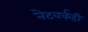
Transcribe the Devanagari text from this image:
नेटवर्कही